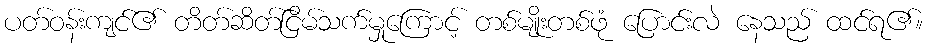
ပတ်ဝန်းကျင်၏ တိတ်ဆိတ်ငြိမ်သက်မှုကြောင့် တစ်မျိုးတစ်ဖုံ ပြောင်းလဲ နေသည် ထင်ရ၏။